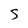
Character: 5